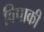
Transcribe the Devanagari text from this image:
विपाकी